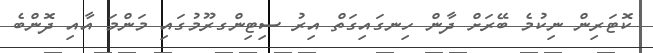
ކޮޓަރިން ނިކުމެ ބޭރަށް ދާން ހިނގައިގަތް އިރު ސިޓިންގރޫމުގައި މަންމަ އާއި ދޮންބެ